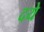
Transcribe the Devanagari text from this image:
दये